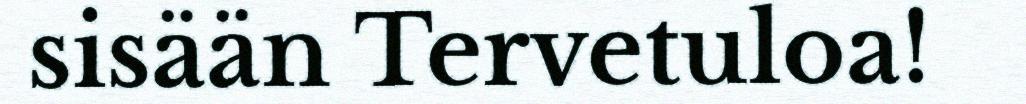
sisään Tervetuloa!